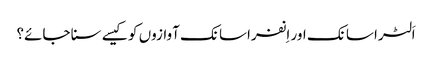
اَلٹرا سانک اور اِنفراسانک آوازوں کو کیسے سنا جائے؟